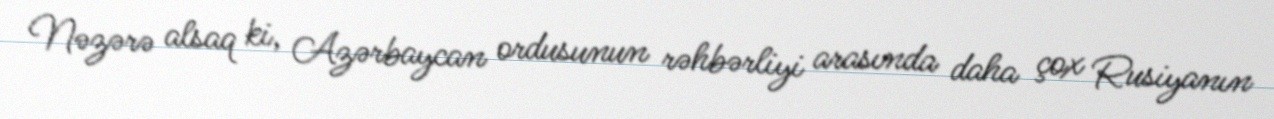
Nəzərə alsaq ki, Azərbaycan ordusunun rəhbərliyi arasında daha çox Rusiyanın